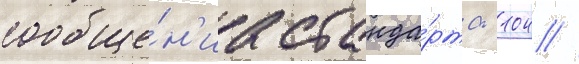
сообще́н'иа станда́рта -104 //